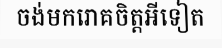
ចង់មករោគចិត្តអីទៀត